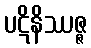
ပဋိနိဿဇ္ဇ